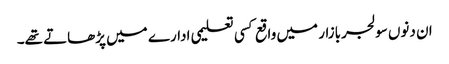
ان دنوں سولجربازار میں واقع کسی تعلیمی ادارے میں پڑھاتے تھے۔